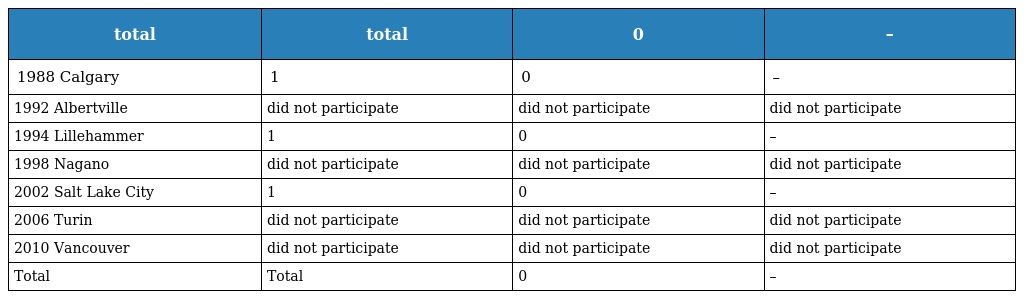
| total | total | 0 | – |
 | --- | --- | --- | --- |
 | 1988 Calgary | 1 | 0 | – |
 | 1992 Albertville | did not participate | did not participate | did not participate |
 | 1994 Lillehammer | 1 | 0 | – |
 | 1998 Nagano | did not participate | did not participate | did not participate |
 | 2002 Salt Lake City | 1 | 0 | – |
 | 2006 Turin | did not participate | did not participate | did not participate |
 | 2010 Vancouver | did not participate | did not participate | did not participate |
 | Total | Total | 0 | – |